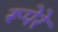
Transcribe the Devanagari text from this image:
रूपेरे